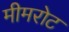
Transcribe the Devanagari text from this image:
मीमरोट